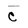
Character: C